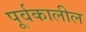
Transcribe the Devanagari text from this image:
पूर्वकालील